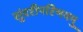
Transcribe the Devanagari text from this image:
सुंदरीपरिणयमु